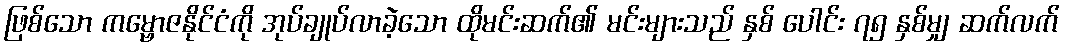
ဖြစ်သော ကမ္ဗောဇနိုင်ငံကို အုပ်ချုပ်လာခဲ့သော ထိုမင်းဆက်၏ မင်းများသည် နှစ် ပေါင်း ၇၅ နှစ်မျှ ဆက်လက်